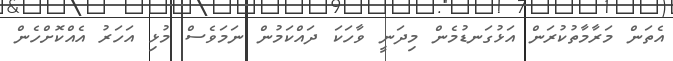
އެތަން މަރާމާތުކުރަން އަޅުގަނޑުމެން މިދަނީ ވާހަކަ ދައްކަމުން ނަމަވެސް މުޅި އަހަރު އެއްކޮށްހެން